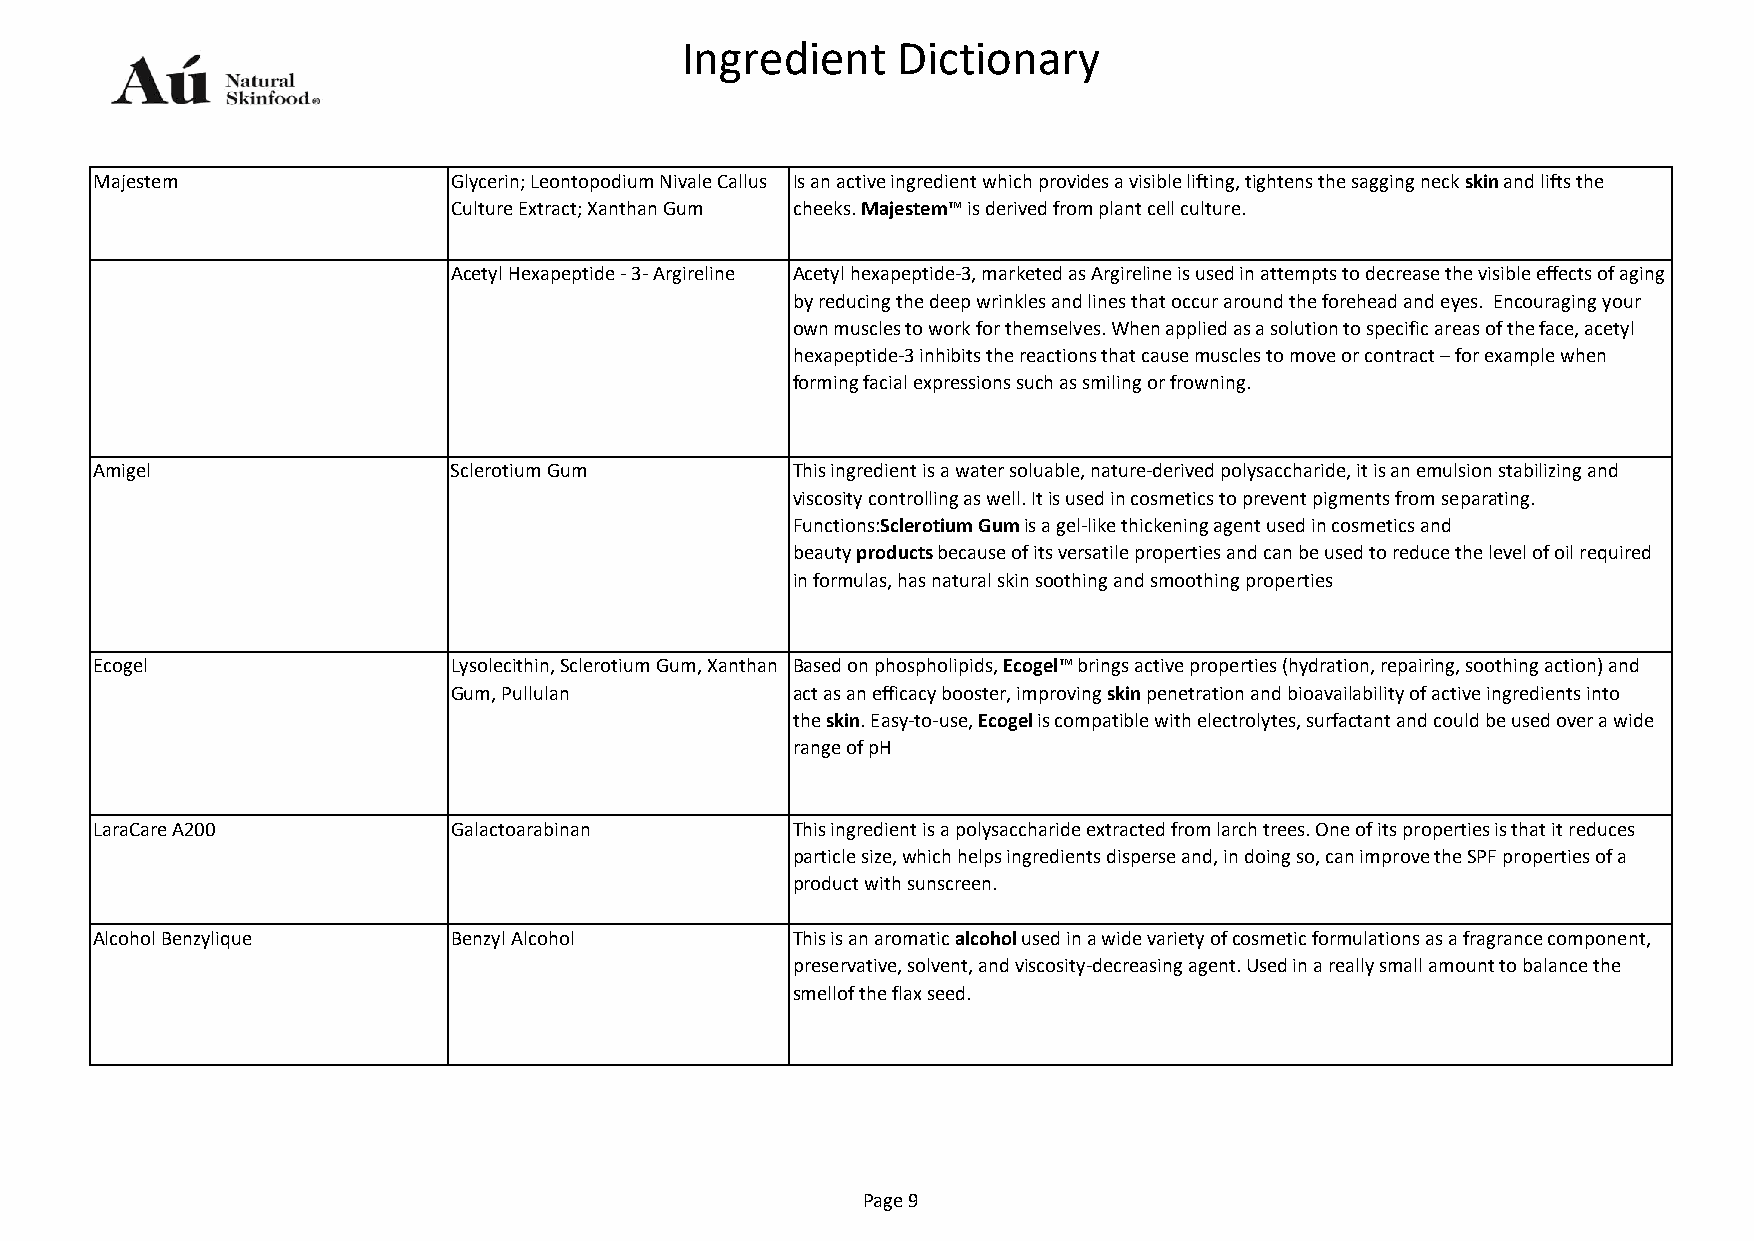
Ingredient    Dictionary
 Majestem                Glycerin; Leontopodium Nivale Callus Is an active ingredient which provides a visible lifting, tightens the sagging neck skin and lifts the
 Culture Extract; Xanthan Gum cheeks. Majestem™ is derived from plant cell culture.
 Acetyl Hexapeptide - 3- Argireline Acetyl hexapeptide-3, marketed as Argireline is used in attempts to decrease the visible effects of aging
 by reducing the deep wrinkles and lines that occur around the forehead and eyes. Encouraging your
 own muscles to work for themselves. When applied as a solution to specific areas of the face, acetyl
 hexapeptide‐3 inhibits the reactions that cause muscles to move or contract – for example when
 forming facial expressions such as smiling or frowning.
 Amigel                  Sclerotium Gum        This ingredient is a water soluable, nature-derived polysaccharide, it is an emulsion stabilizing and
 viscosity controlling as well. It is used in cosmetics to prevent pigments from separating.
 Functions:Sclerotium Gum is a gel-like thickening agent used in cosmetics and
 beauty products because of its versatile properties and can be used to reduce the level of oil required
 in formulas, has natural skin soothing and smoothing properties
 Ecogel                  Lysolecithin, Sclerotium Gum, Xanthan Based on phospholipids, Ecogel™ brings active properties (hydration, repairing, soothing action) and
 Gum, Pullulan         act as an efficacy booster, improving skin penetration and bioavailability of active ingredients into
 the skin. Easy-to-use, Ecogel is compatible with electrolytes, surfactant and could be used over a wide
 range of pH
 LaraCare A200           Galactoarabinan       This ingredient is a polysaccharide extracted from larch trees. One of its properties is that it reduces
 particle size, which helps ingredients disperse and, in doing so, can improve the SPF properties of a
 product with sunscreen.
 Alcohol Benzylique      Benzyl Alcohol        This is an aromatic alcohol used in a wide variety of cosmetic formulations as a fragrance component,
 preservative, solvent, and viscosity-decreasing agent. Used in a really small amount to balance the
 smellof the flax seed.
 Page 9